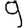
Digit: 9